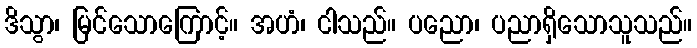
ဒိသွာ၊ မြင်သောကြောင့်။ အဟံ၊ ငါသည်။ ပညော၊ ပညာရှိသောသူသည်။